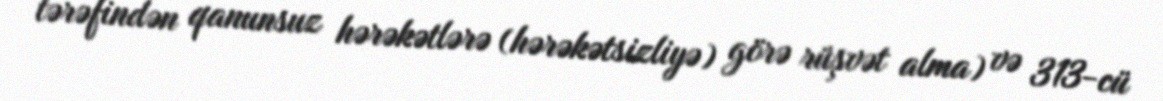
tərəfindən qanunsuz hərəkətlərə (hərəkətsizliyə) görə rüşvət alma) və 313-cü